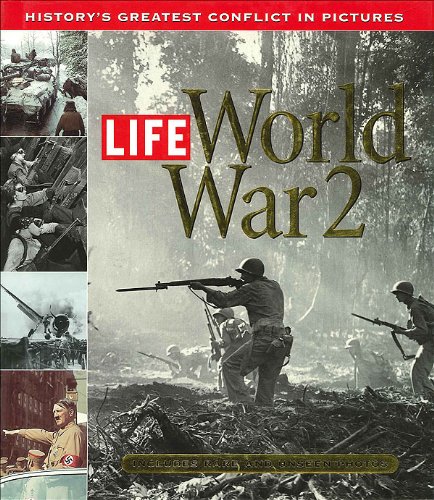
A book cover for Life: World War 2: History's Greatest Conflict in Pictures; Richard B. Stolley; Arts & Photography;